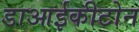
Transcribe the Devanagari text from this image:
डाआईकीटोन